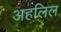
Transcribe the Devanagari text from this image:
अहलिल